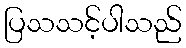
ပြသသင့်ပါသည်